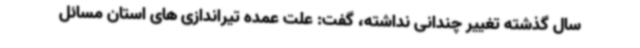
سال گذشته تغییر چندانی نداشته، گفت: علت عمده تیراندازی های استان مسائل